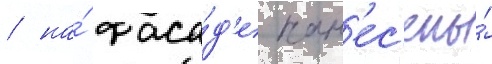
/ на́ фаса́д'е нан'ес'ены́